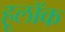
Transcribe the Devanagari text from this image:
हूलॉक